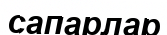
сапарлар